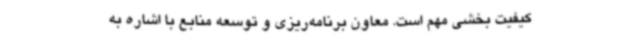
کیفیت ‌بخشی مهم است. معاون برنامه‌ریزی و توسعه منابع با اشاره به